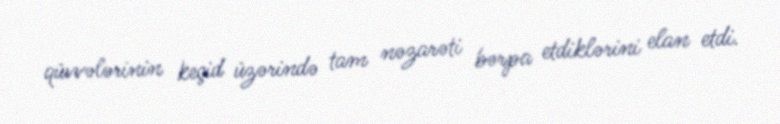
qüvvələrinin keçid üzərində tam nəzarəti bərpa etdiklərini elan etdi.